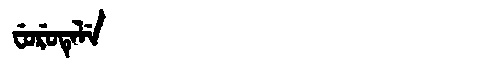
Manchu: ᠸᡠᡵᡠᡨᡝᠯᡝ
Romanization: FURUTELE